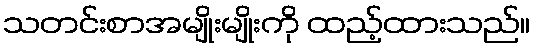
သတင်းစာအမျိုးမျိုးကို ထည့်ထားသည်။